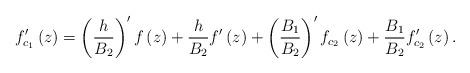
LaTeX: \begin{align*}f_{c_{1}}^{\prime }\left( z\right) =\left( \frac{h}{B_{2}}\right) ^{\prime}f\left( z\right) +\frac{h}{B_{2}}f^{\prime }\left( z\right) +\left( \frac{B_{1}}{B_{2}}\right) ^{\prime }f_{c_{2}}\left( z\right) +\frac{B_{1}}{B_{2}}f_{c_{2}}^{\prime }\left( z\right) . \end{align*}